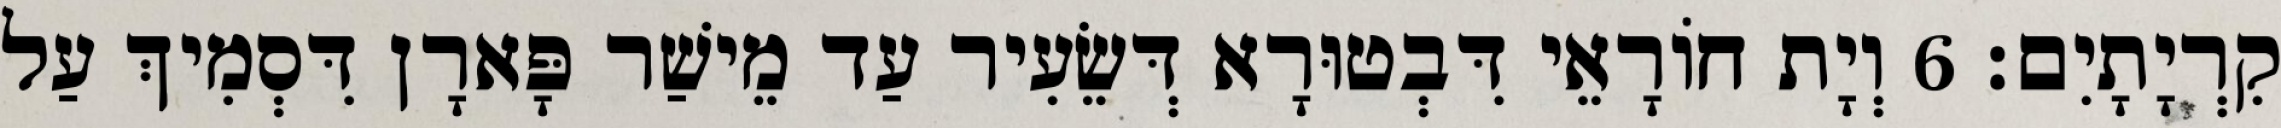
קִרְיָתָיִם׃ 6 וְיָת חוֹרָאֵי דִּבְטוּרָא דְּשֵׂעִיר עַד מֵישַׁר פָּארָן דִּסְמִיךְ עַל